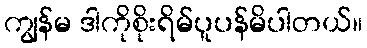
ကျွန်မ ဒါကိုစိုးရိမ်ပူပန်မိပါတယ်။